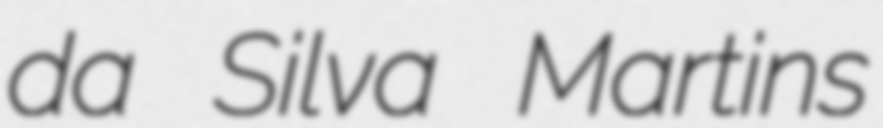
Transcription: da Silva Martins